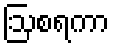
ဩစရကာ